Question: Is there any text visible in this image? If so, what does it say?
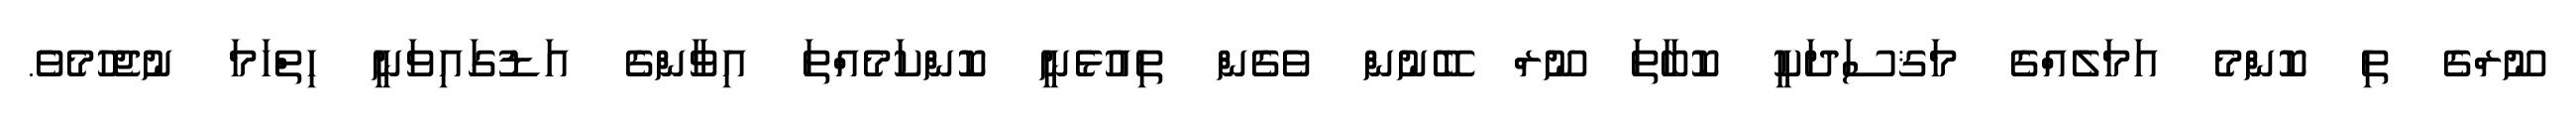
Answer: ނޫރްގެ ތި ކޮންމެ އަމަލެއްގެ މަޤސަދަކީ ކޮބާތަ ނޫރް ބޭނުން ވެގެން ތިއުޅެނީ ކޮންކަމެއްތަ އިވާންގެ އަޑުގައިވަނީ ހިތްހަމަ ނުޖެހުމެވެ.